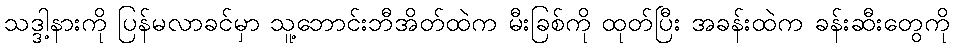
သဒ္ဒါ့နားကို ပြန်မလာခင်မှာ သူ့ဘောင်းဘီအိတ်ထဲက မီးခြစ်ကို ထုတ်ပြီး အခန်းထဲက ခန်းဆီးတွေကို